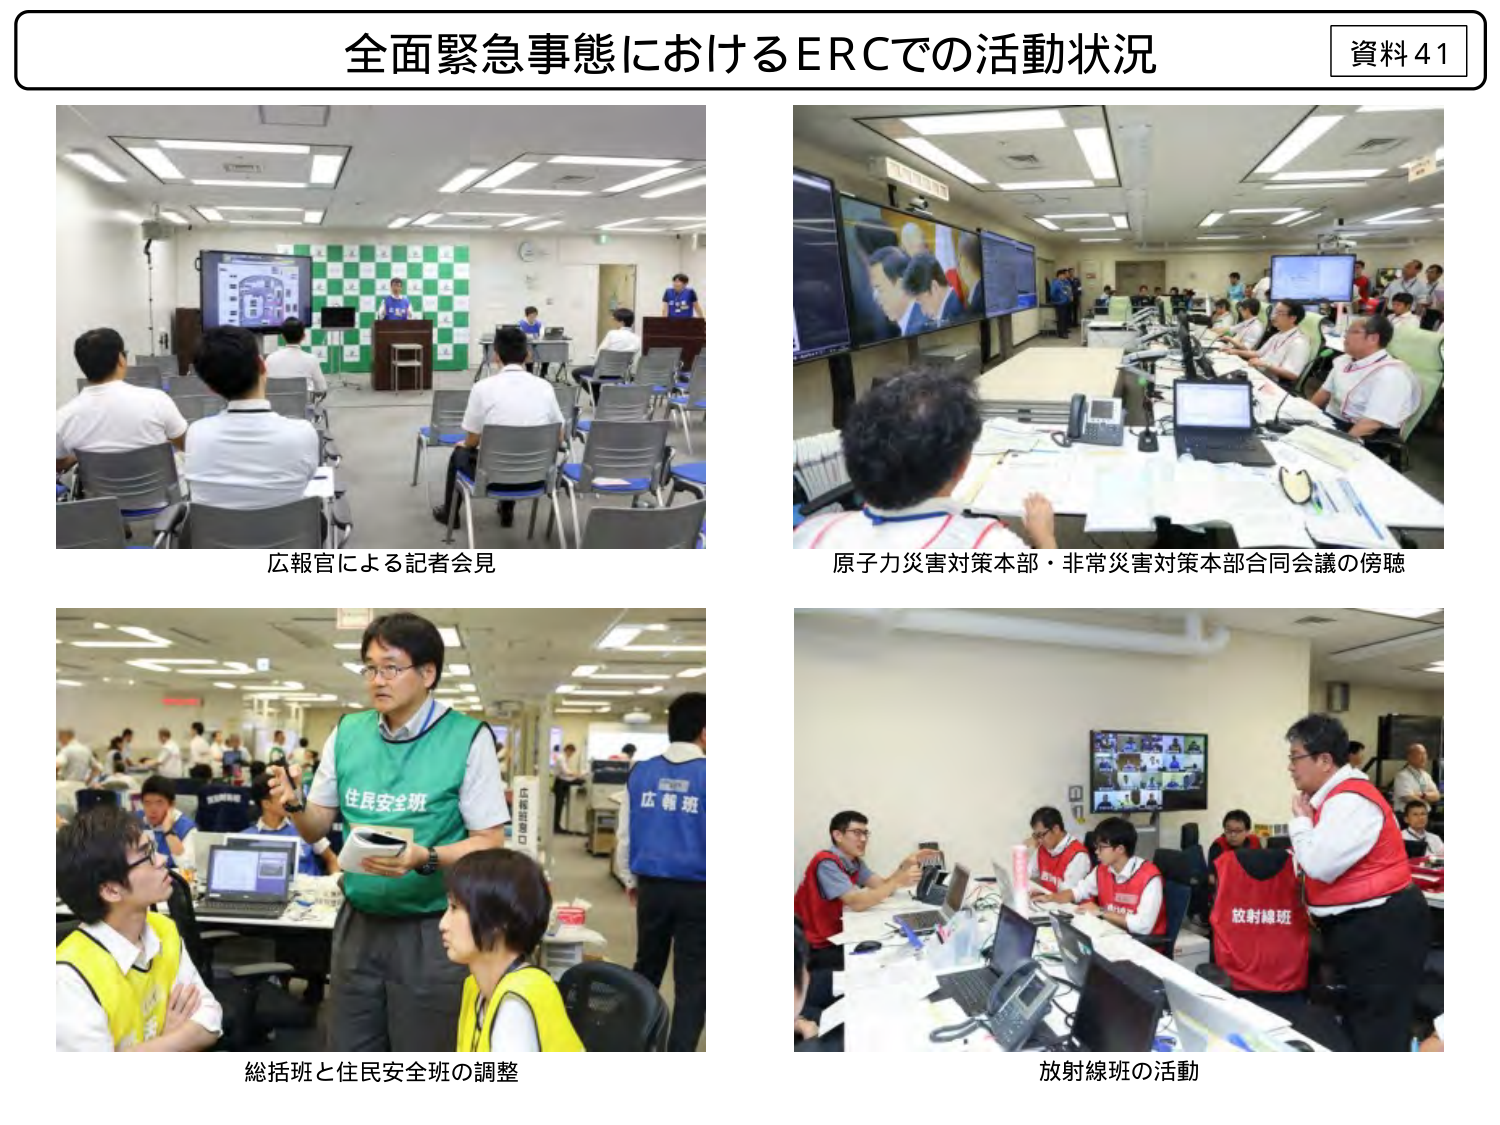
全面緊急事態におけるERCでの活動状況

資料41

広報官による記者会見

原子力災害対策本部・非常災害対策本部合同会議の傍聴

総括班と住民安全班の調整

放射線班の活動

住民安全班

広報班

放射線班